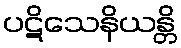
ပဋိသေနိယန္တိ